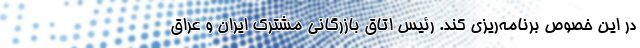
در این خصوص برنامه‌ریزی کند. رئیس اتاق بازرگانی مشترک ایران و عراق